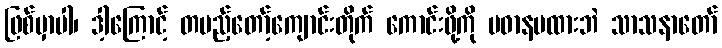
ဖြစ်မှာပါ၊ ဒါ့ကြောင့် တပည့်တော့်ကျောင်းတိုက် ကောင်းဖို့ကို ပဓာနမထားဘဲ သာသနာတော်